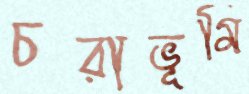
চরাভূমি